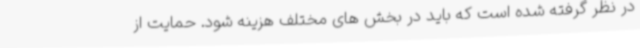
در نظر گرفته شده است که باید در بخش های مختلف هزینه شود. حمایت از